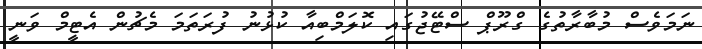
ނަމަވެސް މުބާރާތުގެ ގްރޫޕް ސްޓޭޖުގައި ކޮލަމްބިއާ ކުޅުނު ފުރަތަމަ މެޗުން އެޓީމް ވަނީ